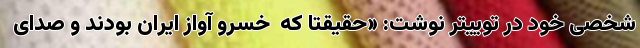
شخصی خود در توییتر نوشت: «حقیقتا که  خسرو آواز ایران بودند و صدای